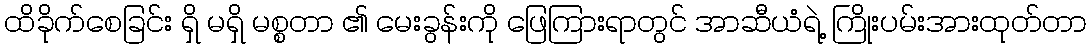
ထိခိုက်စေခြင်း ရှိ မရှိ မစ္စတာ ၏ မေးခွန်းကို ဖြေကြားရာတွင် အာဆီယံရဲ့ ကြိုးပမ်းအားထုတ်တာ